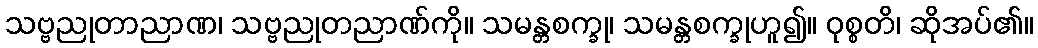
သဗ္ဗညုတာညာဏ၊ သဗ္ဗညုတညာဏ်ကို။ သမန္တစက္ခု၊ သမန္တစက္ခုဟူ၍။ ဝုစ္စတိ၊ ဆိုအပ်၏။